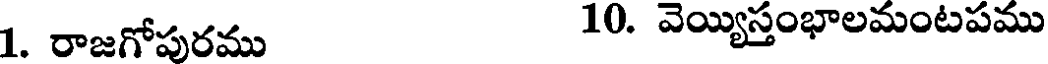
1. రాజగోపురము 10. వెయ్యిస్తంభాలమంటపము